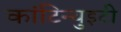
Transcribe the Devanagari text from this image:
कांटिन्युइटी